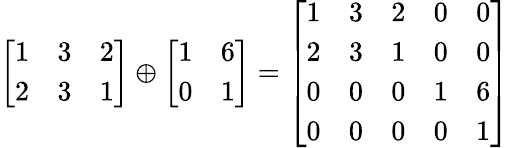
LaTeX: {\left[\begin{array}{lll}{1}&{3}&{2}\\ {2}&{3}&{1}\end{array}\right]}\oplus{\left[\begin{array}{ll}{1}&{6}\\ {0}&{1}\end{array}\right]}={\left[\begin{array}{lllll}{1}&{3}&{2}&{0}&{0}\\ {2}&{3}&{1}&{0}&{0}\\ {0}&{0}&{0}&{1}&{6}\\ {0}&{0}&{0}&{0}&{1}\end{array}\right]}